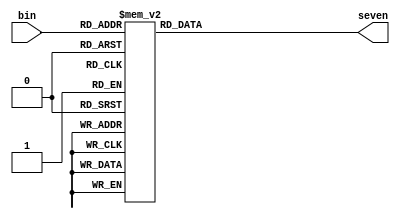
`timescale 1ns / 1ps
module bin27(bin, seven);
	input [3:0] bin; 
	output reg [6:0] seven;
	
	initial
		seven=1'b0;

	always @ (*)
	case (bin)
		4'b0000: seven= 7'b1000000;
		4'b0001: seven= 7'b1111001;
		4'b0010: seven= 7'b0100100;
		4'b0011: seven= 7'b0110000;
		4'b0100: seven= 7'b0011001;
		4'b0101: seven= 7'b0010010;
		4'b0110: seven= 7'b0000010;
		4'b0111: seven= 7'b1111000;
		4'b1000: seven= 7'b0000000;
		4'b1001: seven= 7'b0010000;
		4'b1010: seven= 7'b0001000;
		4'b1011: seven= 7'b0000011;
		4'b1100: seven= 7'b1000110;
		4'b1101: seven= 7'b0100001;
		4'b1110: seven= 7'b0000110;
		4'b1111: seven= 7'b0001110;
		default: seven= 7'b1111111;
	endcase
endmodule